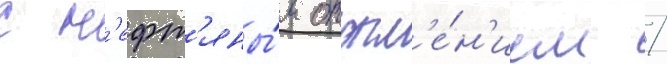
с н'ефт'яны́м отопл'е́н'ием /